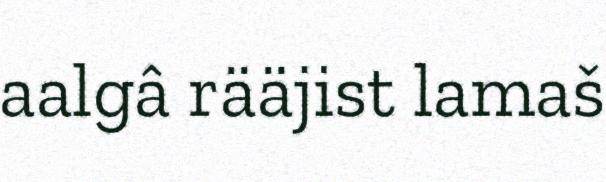
aalgâ rääjist lamaš